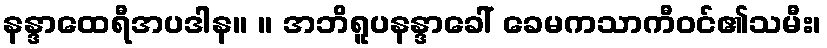
နန္ဒာထေရီအပဒါန။ ။ အဘိရူပနန္ဒာခေါ် ခေမကသာကီဝင်၏သမီး၊